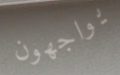
يواجهون